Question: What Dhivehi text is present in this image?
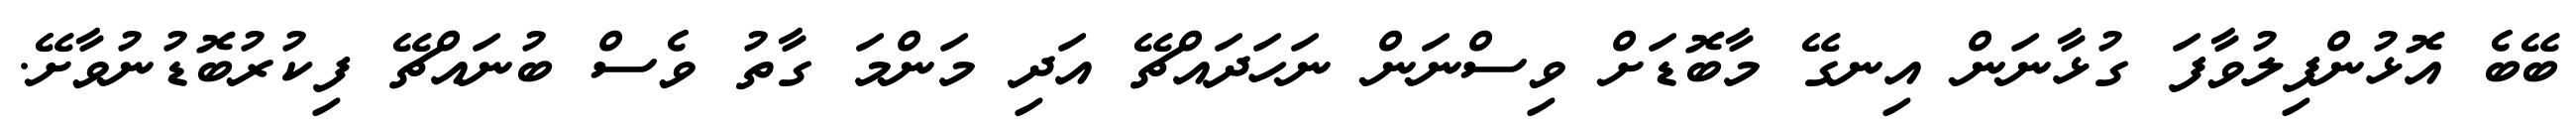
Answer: ބޭބެ އޮޅުންފިލުވާފަ ގުޅާނަން އިނގޭ މާބޮޑަށް ވިސްނަން ނަހަދައްޗޭ އަދި މަންމަ ގާތު ވެސް ބުނައްޗޭ ފިކުރުބޮޑުނުވާށޭ.